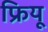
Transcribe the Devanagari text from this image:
फ्रियू